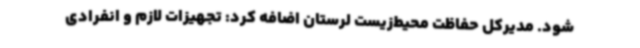
شود. مدیرکل حفاظت محیط‌زیست لرستان اضافه کرد: تجهیزات لازم و انفرادی